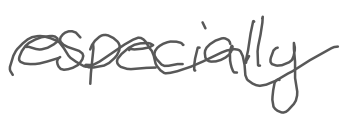
Text: especially
Cross-out: wave
Writing tool: digital_gray